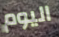
اليوم